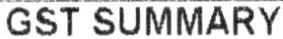
GST SUMMARY